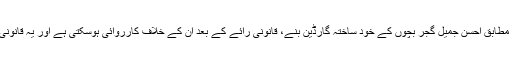
رپورٹ کے مطابق احسن جمیل گجر بچوں کے خود ساختہ گارڈین بنے، قانونی رائے کے بعد ان کے خلاف کارروائی ہوسکتی ہے اور یہ قانونی معاملہ ہے۔